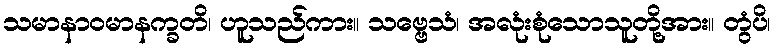
သမာနာဝမာနက္ခတိ၊ ဟူသည်ကား။ သဗ္ဗေသံ၊ အလုံးစုံသောသူတို့အား။ တွံပိ၊